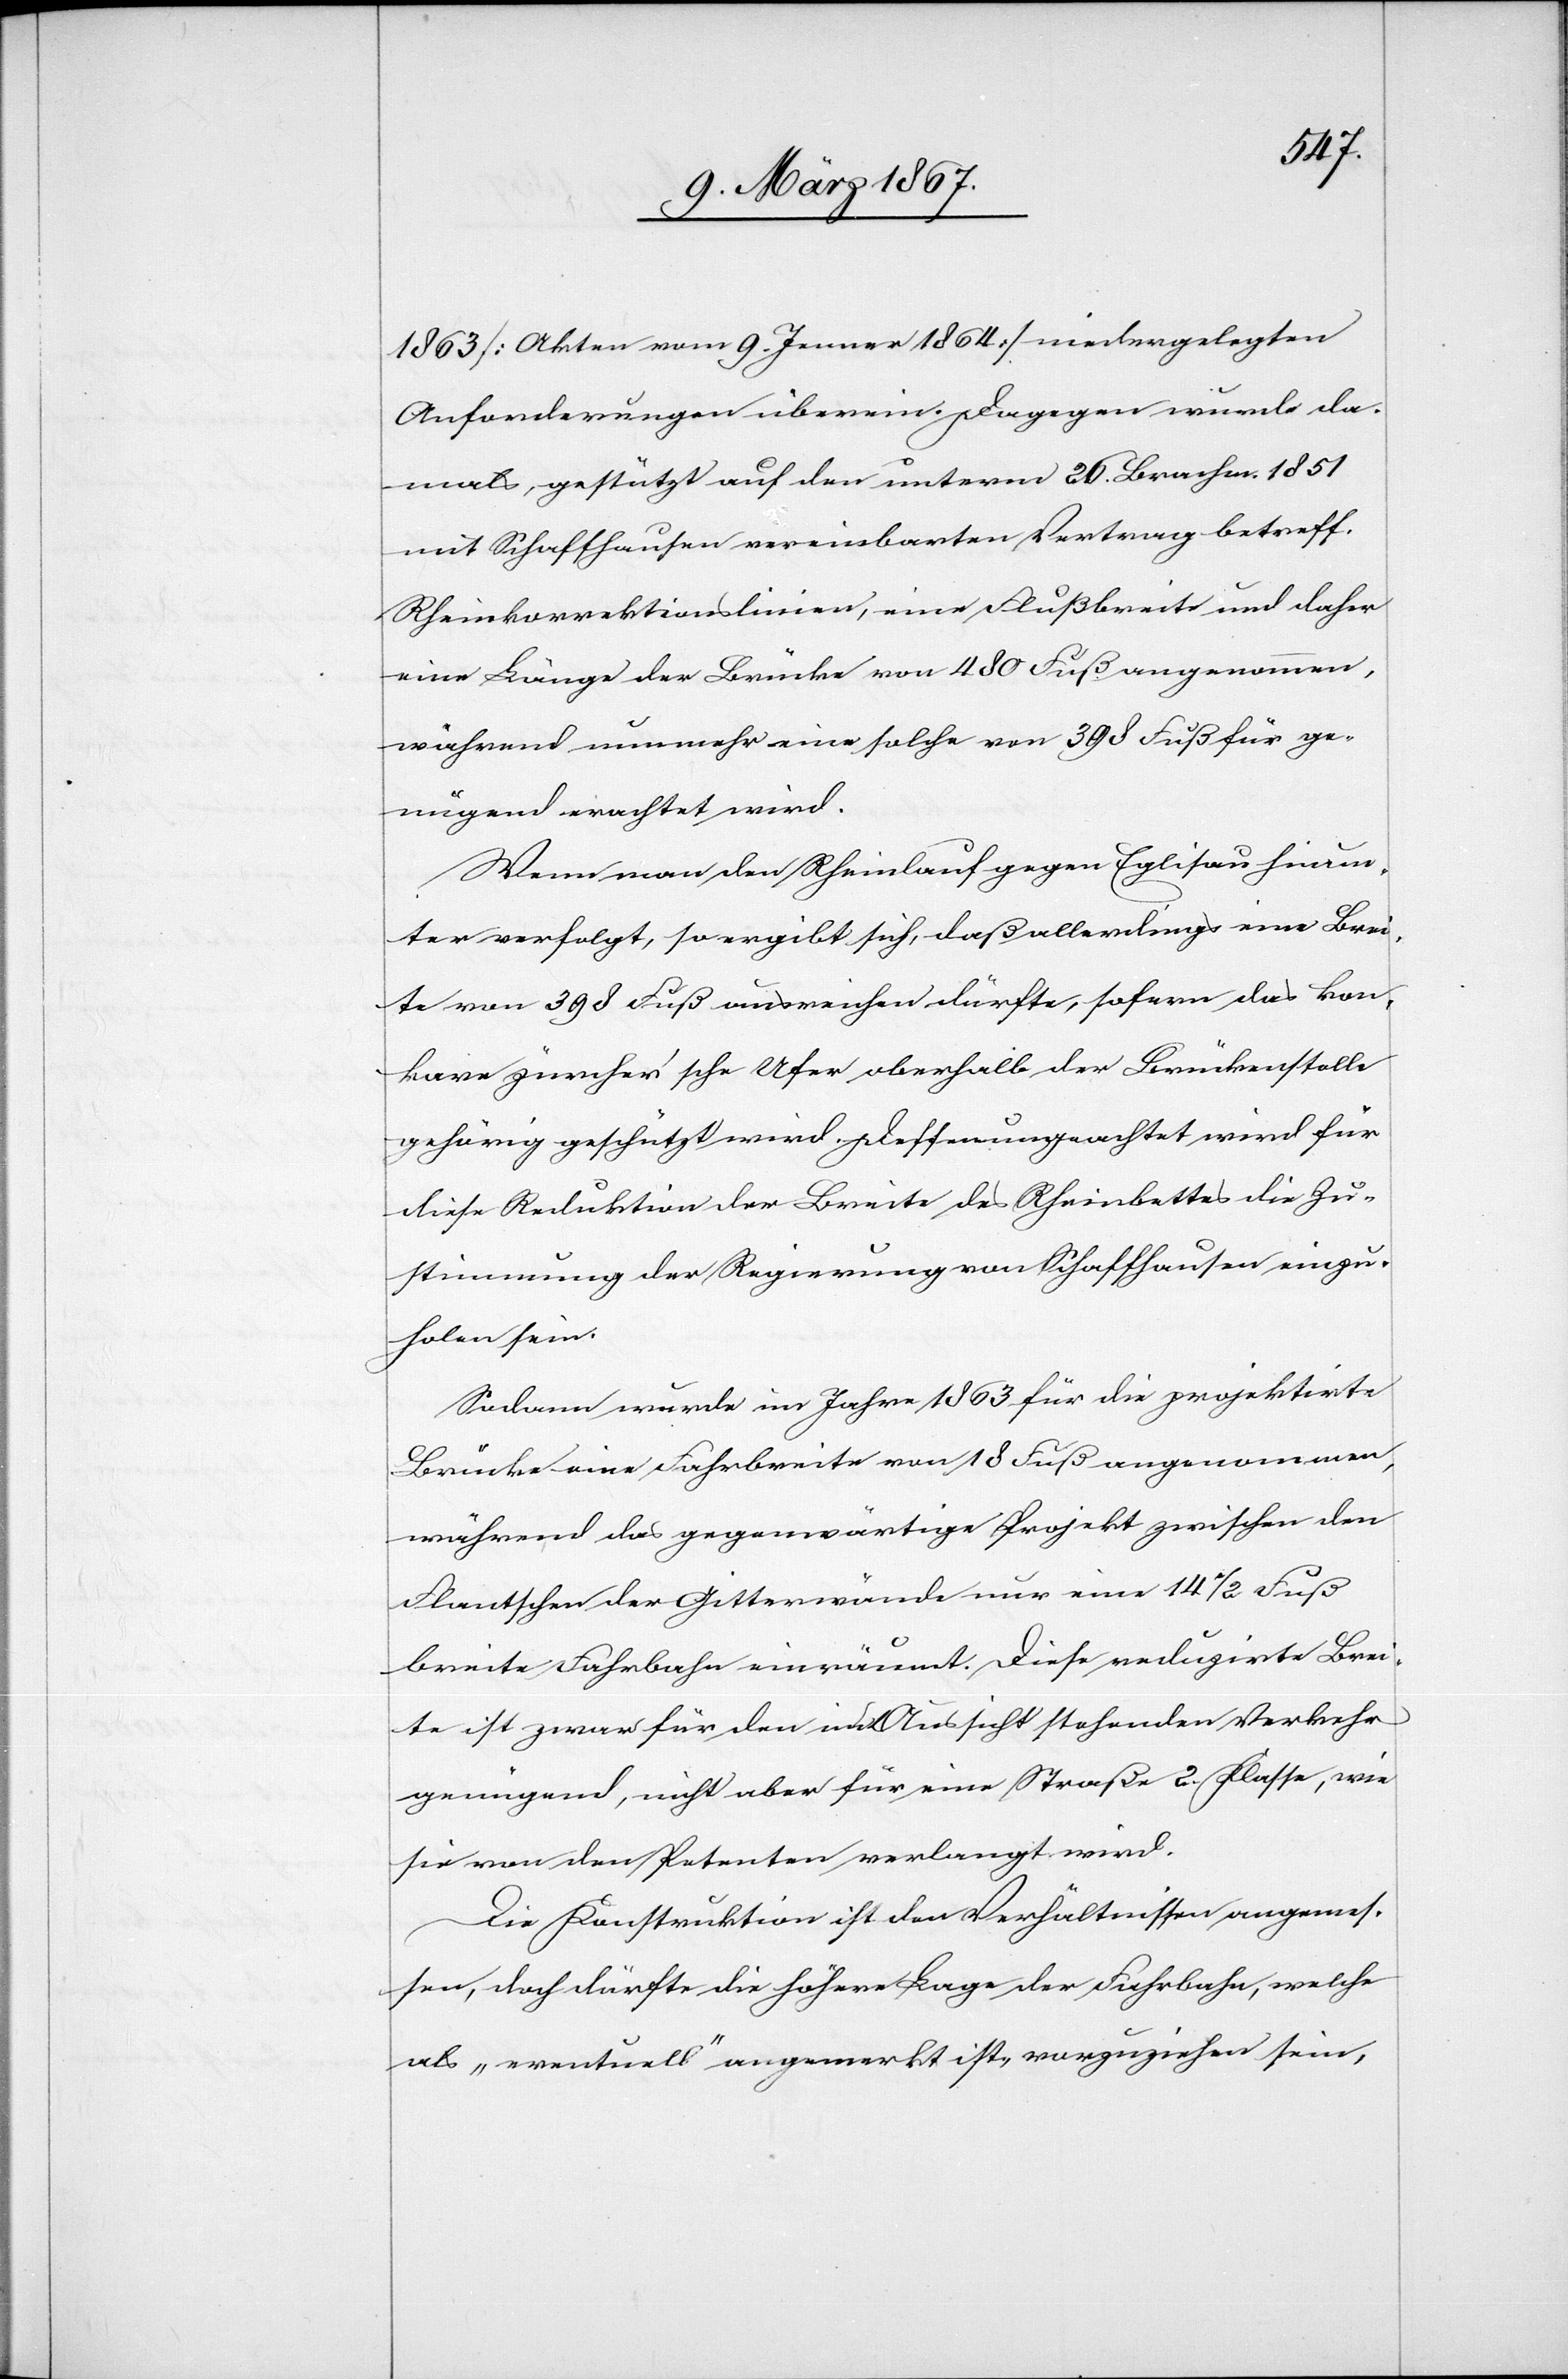
1863 [Akten vom 9. Jenner 1864] niedergelegten
Anforderungen überein. Dagegen wurde da¬
mals, gestützt auf den unterm 26. Brachm. 1851
mit Schaffhausen vereinbarten Vertrag betreff.
Rheinkorrektionslinien, eine Flußbreite und daher
eine Länge der Brücke von 480 Fuß angenommen,
während nunmehr eine solche von 398 Fuß für ge¬
nügend erachtet wird.
Wenn man den Rheinlauf gegen Eglisau hinun¬
ter verfolgt, so ergibt sich, daß allerdings eine Brei¬
te von 398 Fuß ausreichen dürfte, sofern das kon¬
kave zürcher’sche Ufer oberhalb der Brückenstelle
gehörig geschützt wird. Dessenungeachtet wird für
diese Reduktion der Breite des Rheinbettes die Zu¬
stimmung der Regierung von Schaffhausen einzu¬
holen sein.
Sodann wurde im Jahre 1863 für die projektirte
Brücke eine Fahrbreite von 18 Fuß angenommen,
während das gegenwärtige Projekt zwischen den
Flantschen der Gitterwände nur eine 14 1/2 Fuß
breite Fahrbahn einräumt. Diese reduzirte Brei¬
te ist zwar für den in Aussicht stehenden Verkehr
genügend, nicht aber für eine Straße 2. Klasse, wie
sie von den Petenten verlangt wird.
Die Konstruktion ist den Verhältnissen angemes¬
sen, doch dürfte die höhere Lage der Fahrbahn, welche
als „eventuell“ angemerkt ist, vorzuziehen sein,